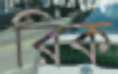
রিক